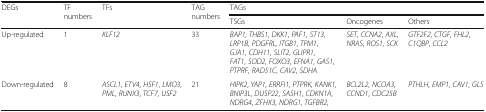
<table><thead><tr><td rowspan="2"><b>DEGs</b></td><td rowspan="2"><b>TF numbers</b></td><td rowspan="2"><b>TFs</b></td><td rowspan="2"><b>TAG numbers</b></td><td colspan="3"><b>TAGs</b></td></tr><tr><td><b>TSGs</b></td><td><b>Oncogenes</b></td><td><b>Others</b></td></tr></thead><tbody><tr><td>Up-regulated</td><td>1</td><td><i>KLF12</i></td><td>33</td><td><i>BAP1</i>, <i>THBS1</i>, <i>DKK1</i>, <i>PAF1</i>, <i>ST13</i>, <i>LRP1B</i>, <i>PDGFRL</i>, <i>ITGB1</i>, <i>TPM1</i>, <i>GJA1</i>, <i>CDH11</i>, <i>SLIT2</i>, <i>GLIPR1</i>, <i>FAT1</i>, <i>SOD2</i>, <i>FOXO3</i>, <i>EFNA1</i>, <i>GAS1</i>, <i>PTPRF</i>, <i>RAD51C</i>, <i>CAV2</i>, <i>SDHA</i></td><td><i>SET</i>, <i>CCNA2</i>, <i>AXL</i>, <i>NRAS</i>, <i>ROS1</i>, <i>SCK</i></td><td><i>GTF2F2</i>, <i>CTGF</i>, <i>FHL2</i>, <i>C1QBP</i>, <i>CCL2</i></td></tr><tr><td>Down-regulated</td><td>8</td><td><i>ASCL1</i>, <i>ETV4</i>, <i>HSF1</i>, <i>LMO3</i>, <i>PML</i>, <i>RUNX3</i>, <i>TCF7</i>, <i>USF2</i></td><td>21</td><td><i>HIPK2</i>, <i>YAP1</i>, <i>ERRFI1</i>, <i>PTPRK</i>, <i>KANK1</i>, <i>BNIP3L</i>, <i>DUSP22</i>, <i>SASH1</i>, <i>CDKN1A</i>, <i>NDRG4</i>, <i>ZFHX3</i>, <i>NDRG1</i>, <i>TGFBR2</i>,</td><td><i>BCL2L2</i>, <i>NCOA3</i>, <i>CCND1</i>, <i>CDC25B</i></td><td><i>PTHLH</i>, <i>EMP1</i>, <i>CAV1</i>, <i>GLS</i></td></tr></tbody></table>